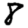
Digit: 8